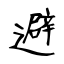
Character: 避